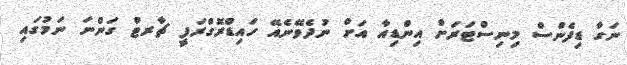
ނަގާ ޑިފެންސް މިނިސްޓަރަށް އިންޑިއާ އަށް ނުދެވޭނެއޭ ހައިޑްރޮގްރަފީ ޗާރޓް ގަންނަ ނަމުގައި